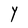
Character: Y